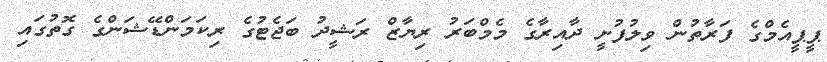
ޕީޕީއެމްގެ ފަރާތުން ވިލުފުށީ ދާއިރާގެ މެމްބަރު ރިޔާޒް ރަޝީދު ބަޖެޓުގެ ރިކަމަންޑޭޝަންގެ ގޮތުގައި